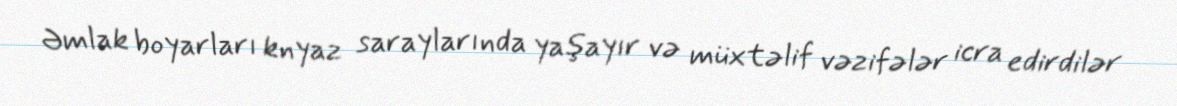
Əmlak boyarları knyaz saraylarında yaşayır və müxtəlif vəzifələr icra edirdilər